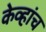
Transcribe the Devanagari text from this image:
केव्हांच